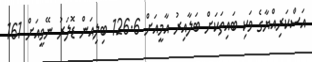
އަސްކަރިއްޔާގެ ވަކި ބައިތަކަށް ބަލާއިރު އާމީއަށް 126.6 ބިލިއަން ޑޮލަރު ނޭވީއަށް 161